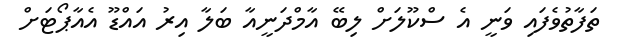
ތަފާތުވެފައި ވަނީ އެ ސްކޫލަށް ލިބޭ އާމްދަނީއާ ބަލާ އިރު އައްޑޫ އެއާޕޯޓަށް